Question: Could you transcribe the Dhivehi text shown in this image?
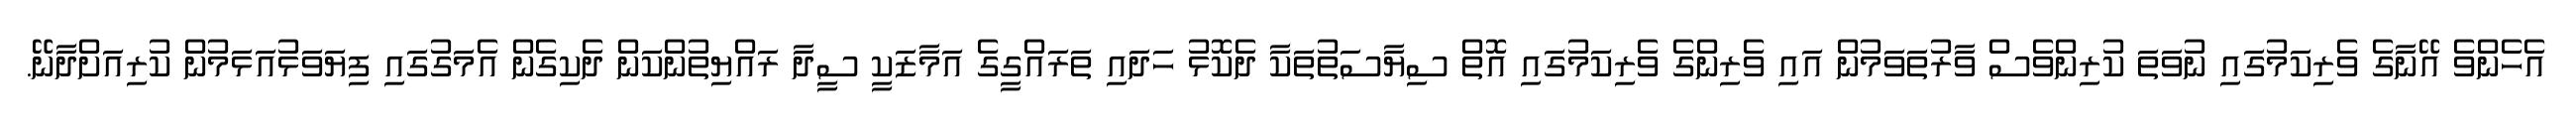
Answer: އެހެންވެ އޭނާގެ ވެރިކަމުގައި ނުވަތަ ކުރިންވެސް ވާރުތަވަމުން އައި ވެރިންގެ ވެރިކަމުގައި އޮތް ސިޔާސަތުތަކާ ދެކޮޅު ހަދައި ތަރައްގީގެ އަމާޒަކީ ސީދާ ރައްޔިތުންކަން ދެކިގެން އެމަގުގައި ފިޔަވަޅުއަޅަމުން ކުރިއަށްދާނޭ.